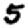
Digit: 5